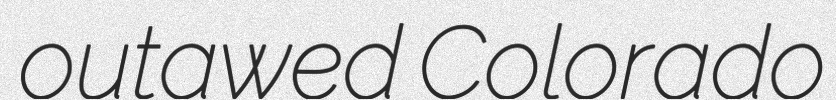
outawed Colorado